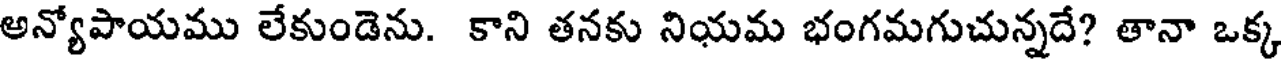
అన్యోపాయము లేకుండెను. కాని తనకు నియమ భంగమగుచున్నదే? తానా ఒక్క